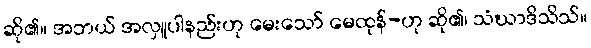
ဆို၏။ အဘယ် အလှူပါနည်းဟု မေးသော် မေထုန်-ဟု ဆို၏၊ သံဃာဒိသိသ်။